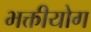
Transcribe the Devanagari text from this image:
भक्तीयोग